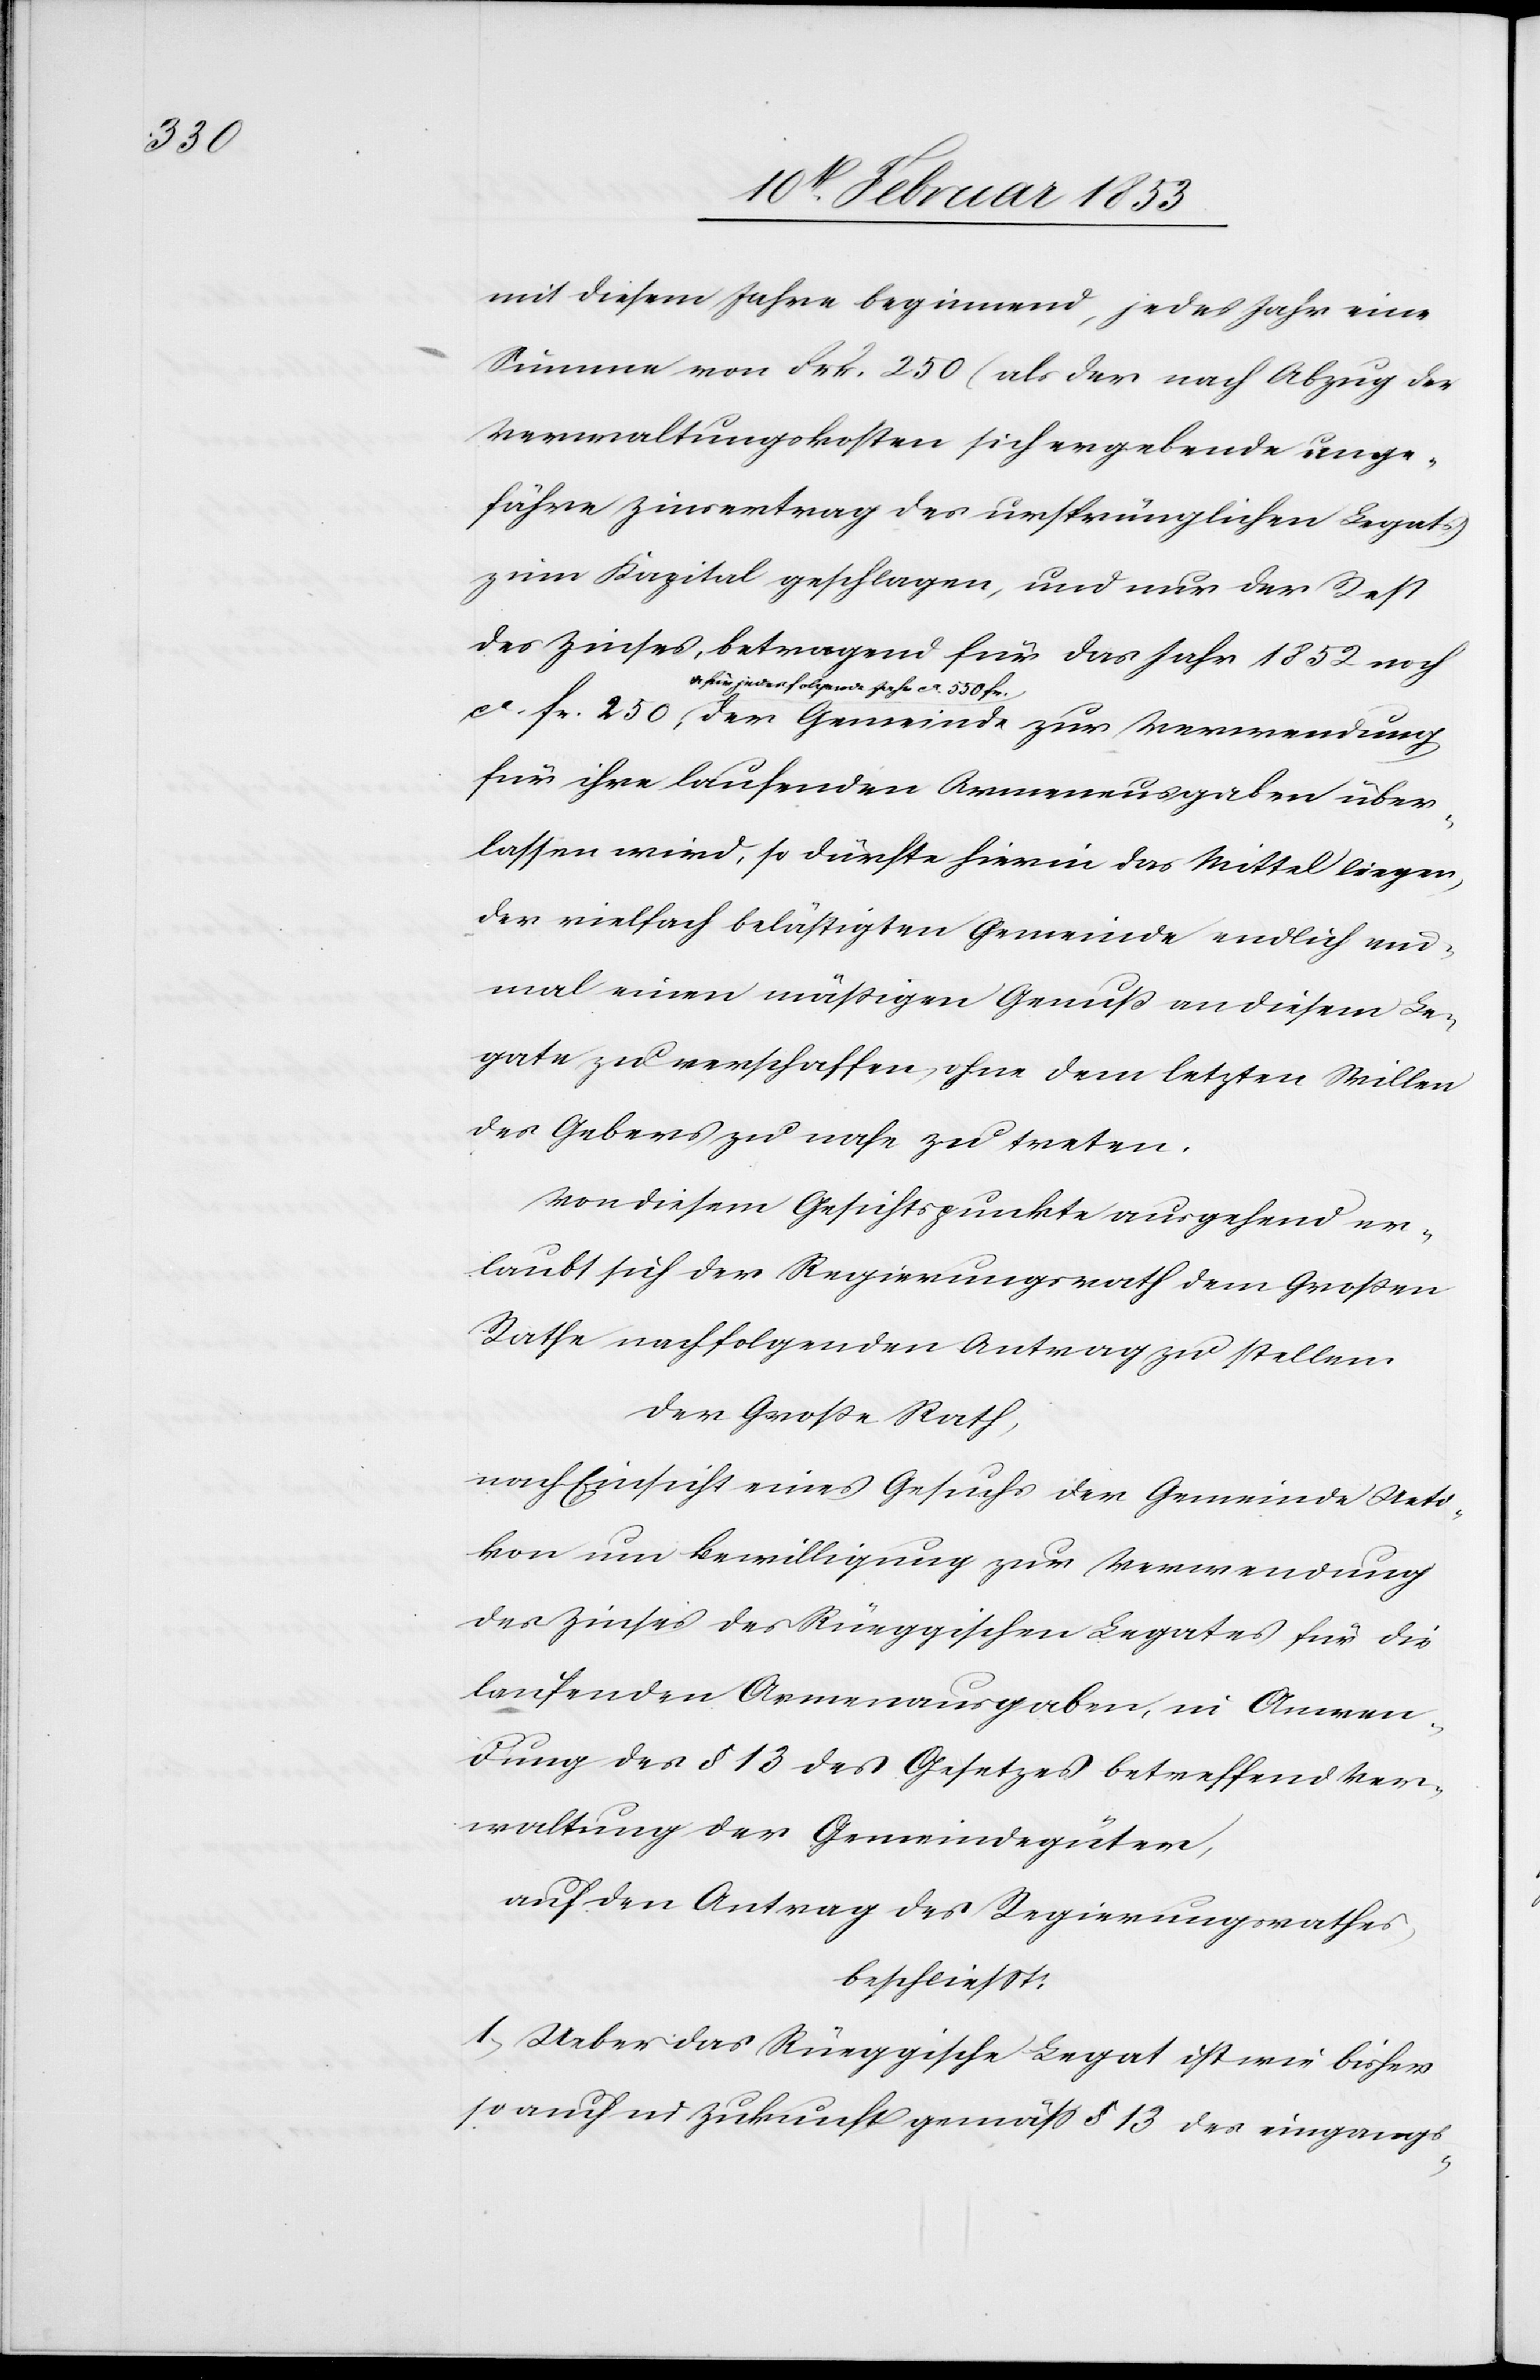
mit diesem Jahre beginnend, jedes Jahr eine
Summe von Frk. 250 (als der nach Abzug der
Verwaltungskosten sich ergebende unge¬
fähre Zinsvertrag des ursprünglichen Legats)
zum Kapital geschlagen, und nur der Rest
des Zinses, betragend für das Jahr 1852 noch
für jedes folgende Jahr ca. 550 fr.
für ihre laufenden Armenausgaben über¬
lassen wird, so dürfte hierin das Mittel liegen,
der vielfach belästigten Gemeinde endlich ein¬
mal einen mäßigen Genuß an diesem Le¬
gate zu verschaffen, ohne dem letzten Willen
des Gebers zu nahe zu treten.
Von diesem Gesichtspunkte ausgehend er¬
laubt sich der Regierungsrath dem Großen
Rathe nachfolgenden Antrag zu stellen.
Der Große Rath,
nach Einsicht eines Gesuchs der Gemeinde Ueti¬
kon um Bewilligung zur Verwendung
des Zinses des Rüeggischen Legates für die
laufenden Armenausgaben, in Anwen¬
dung des § 13 des Gesetzes betreffend Ver¬
waltung der Gemeindgüter,
auf den Antrag des Regierungsrathes,
beschließt.
1, Ueber das Rüeggische Legat ist wie bisher
so auch in Zukunft gemäß § 13 des eingangs-
u.